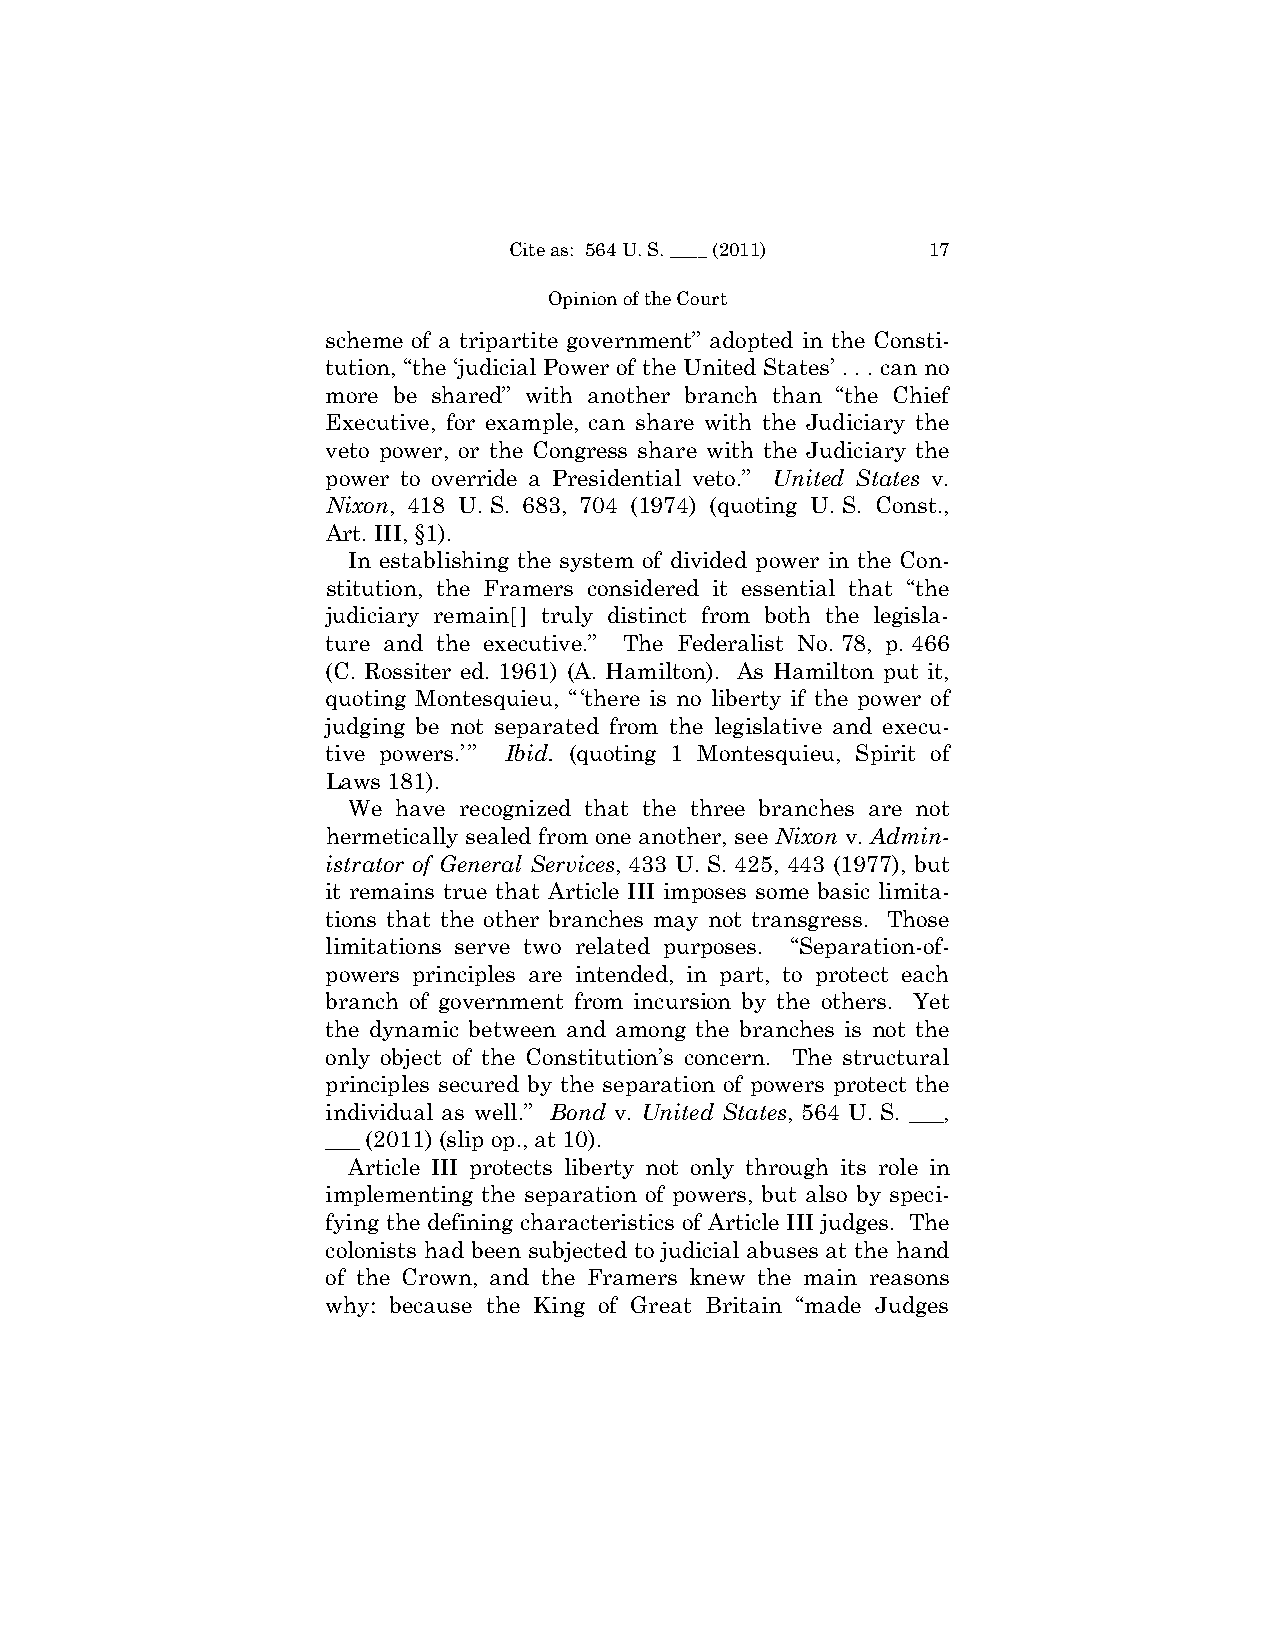
Cite as: 564 U. S. ____ (2011) 17
 Opinion of the Court
 scheme of a tripartite government” adopted in the Consti­
 tution, “the ‘judicial Power of the United States’ . . . can no
 more be shared” with another branch than “the Chief
 Executive, for example, can share with the Judiciary the
 veto power, or the Congress share with the Judiciary the
 power to override a Presidential veto.” United States v.
 Nixon, 418 U. S. 683, 704 (1974) (quoting U. S. Const.,
 Art. III, §1).
 In establishing the system of divided power in the Con­
 stitution, the Framers considered it essential that “the
 judiciary remain[] truly distinct from both the legisla-
 ture and the executive.” The Federalist No. 78, p. 466
 (C. Rossiter ed. 1961) (A. Hamilton). As Hamilton put it,
 quoting Montesquieu, “‘there is no liberty if the power of
 judging be not separated from the legislative and execu­
 tive powers.’” Ibid. (quoting 1 Montesquieu, Spirit of
 Laws 181).
 We have recognized that the three branches are not
 hermetically sealed from one another, see Nixon v. Admin-
 istrator of General Services, 433 U. S. 425, 443 (1977), but
 it remains true that Article III imposes some basic limita­
 tions that the other branches may not transgress. Those
 limitations serve two related purposes. “Separation-of­
 powers principles are intended, in part, to protect each
 branch of government from incursion by the others. Yet
 the dynamic between and among the branches is not the
 only object of the Constitution’s concern. The structural
 principles secured by the separation of powers protect the
 individual as well.” Bond v. United States, 564 U. S. ___,
 ___ (2011) (slip op., at 10).
 Article III protects liberty not only through its role in
 implementing the separation of powers, but also by speci­
 fying the defining characteristics of Article III judges. The
 colonists had been subjected to judicial abuses at the hand
 of the Crown, and the Framers knew the main reasons
 why: because the King of Great Britain “made Judges